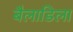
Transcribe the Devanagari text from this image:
बैलाडिला